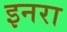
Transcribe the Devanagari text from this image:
इनरा